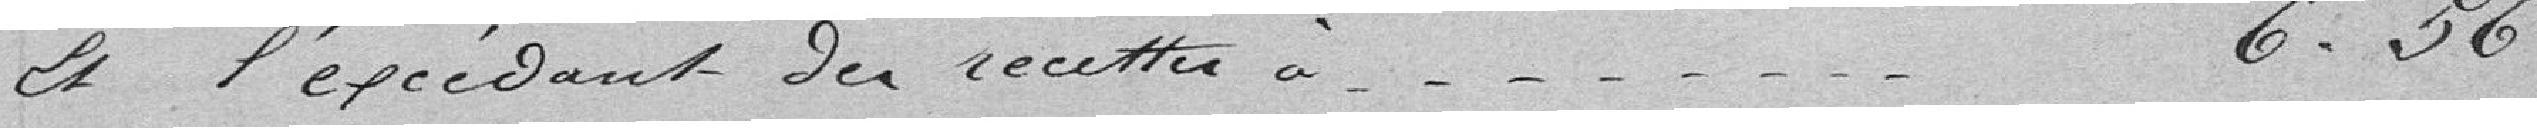
Et l'excédant de recette à ............... 6,56 francs